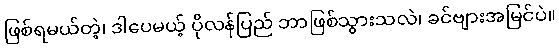
ဖြစ်ရမယ်တဲ့၊ ဒါပေမယ့် ပိုလန်ပြည် ဘာဖြစ်သွားသလဲ၊ ခင်ဗျားအမြင်ပဲ။